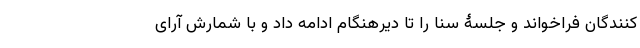
کنندگان فراخواند و جلسۀ سنا را تا دیرهنگام ادامه داد و با شمارش آرای